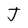
Character: J